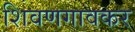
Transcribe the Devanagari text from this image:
शिवणगावकर